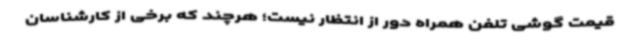
قیمت گوشی تلفن همراه دور از انتظار نیست؛ هرچند که برخی از کارشناسان